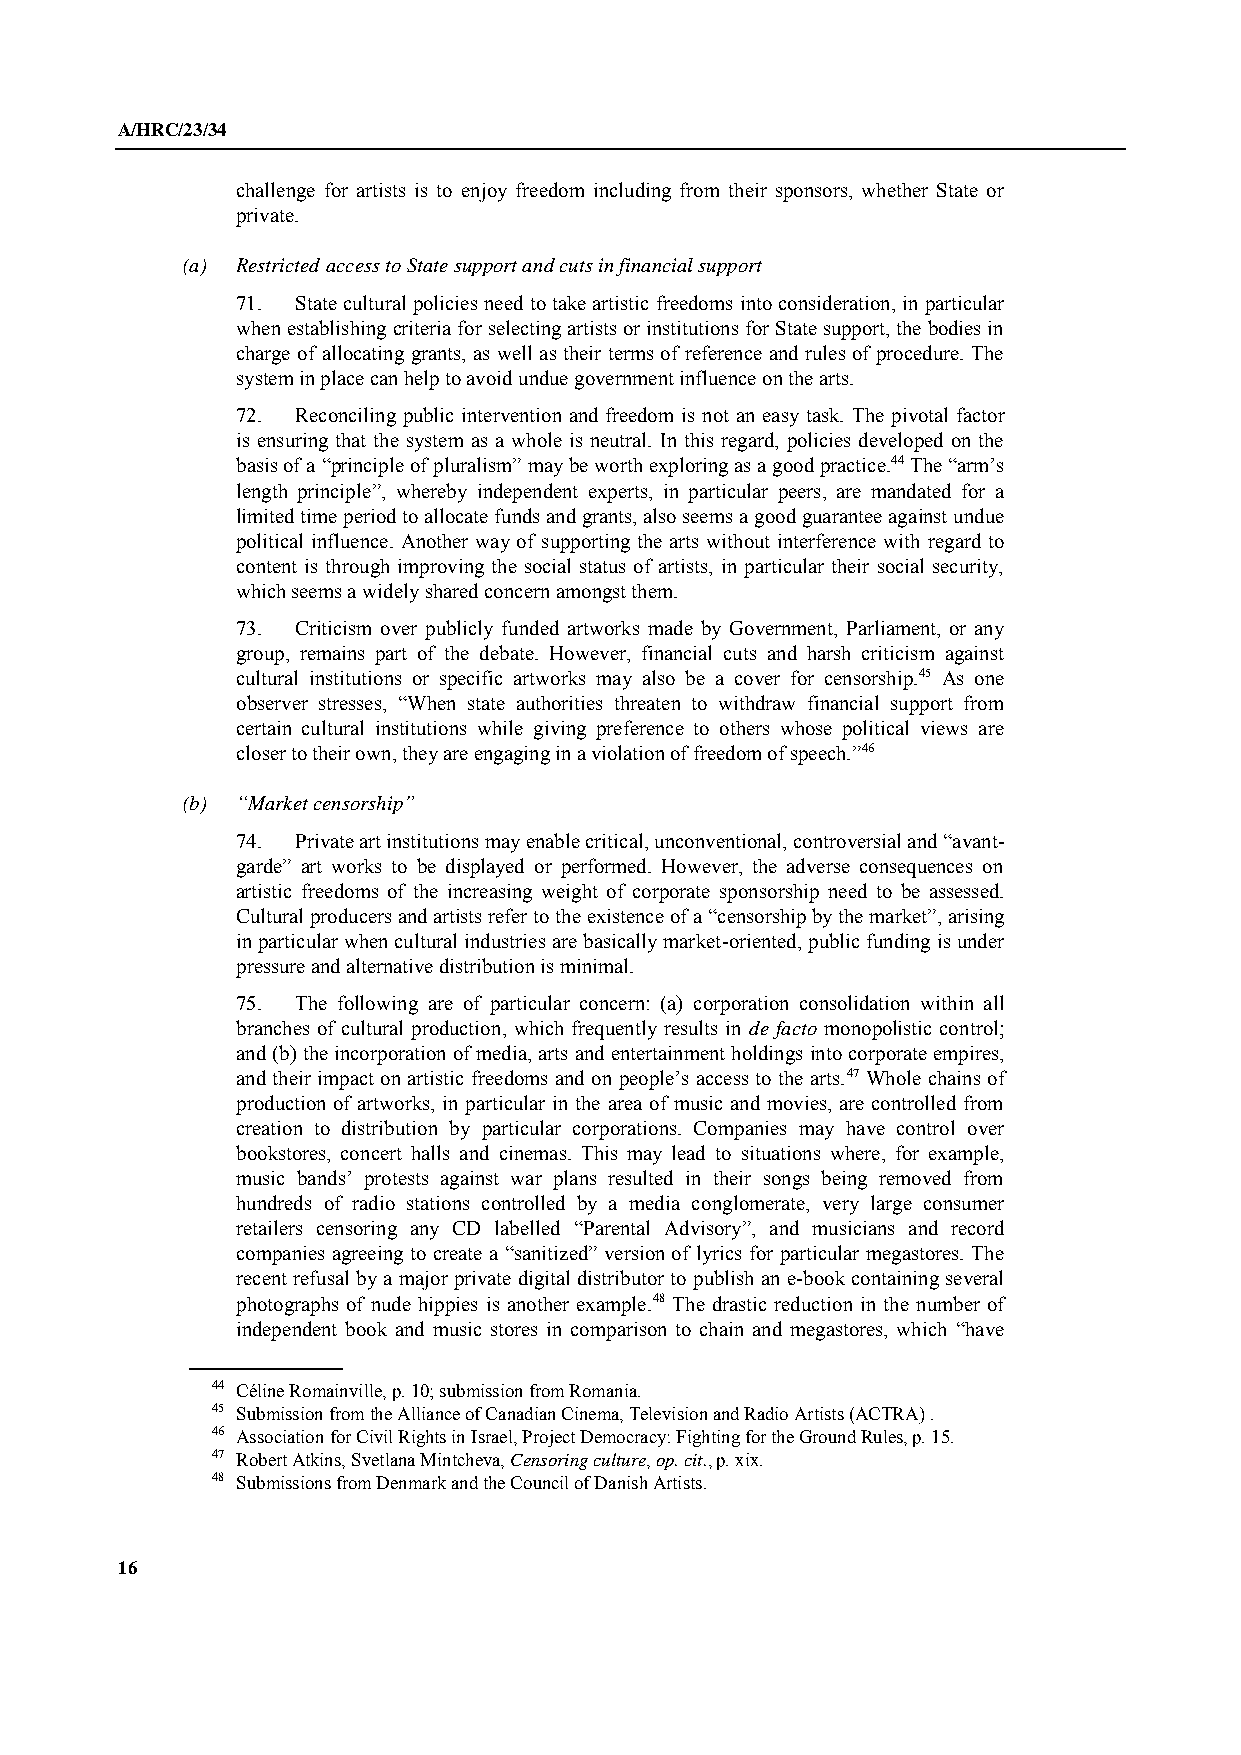
A/HRC/23/34
 challenge for artists is to enjoy freedom including from their sponsors, whether State or
 private.
 (a) Restricted access to State support and cuts in financial support
 71. State cultural policies need to take artistic freedoms into consideration, in particular
 when establishing criteria for selecting artists or institutions for State support, the bodies in
 charge of allocating grants, as well as their terms of reference and rules of procedure. The
 system in place can help to avoid undue government influence on the arts.
 72. Reconciling public intervention and freedom is not an easy task. The pivotal factor
 is ensuring that the system as a whole is neutral. In this regard, policies developed on the
 basis of a “principle of pluralism” may be worth exploring as a good practice.44 The “arm’s
 length principle”, whereby independent experts, in particular peers, are mandated for a
 limited time period to allocate funds and grants, also seems a good guarantee against undue
 political influence. Another way of supporting the arts without interference with regard to
 content is through improving the social status of artists, in particular their social security,
 which seems a widely shared concern amongst them.
 73. Criticism over publicly funded artworks made by Government, Parliament, or any
 group, remains part of the debate. However, financial cuts and harsh criticism against
 cultural institutions or specific artworks may also be a cover for censorship.45 As one
 observer stresses, “When state authorities threaten to withdraw financial support from
 certain cultural institutions while giving preference to others whose political views are
 closer to their own, they are engaging in a violation of freedom of speech.”46
 (b) “Market censorship”
 74. Private art institutions may enable critical, unconventional, controversial and “avant-
 garde” art works to be displayed or performed. However, the adverse consequences on
 artistic freedoms of the increasing weight of corporate sponsorship need to be assessed.
 Cultural producers and artists refer to the existence of a “censorship by the market”, arising
 in particular when cultural industries are basically market-oriented, public funding is under
 pressure and alternative distribution is minimal.
 75. The following are of particular concern: (a) corporation consolidation within all
 branches of cultural production, which frequently results in de facto monopolistic control;
 and (b) the incorporation of media, arts and entertainment holdings into corporate empires,
 and their impact on artistic freedoms and on people’s access to the arts.47 Whole chains of
 production of artworks, in particular in the area of music and movies, are controlled from
 creation to distribution by particular corporations. Companies may have control over
 bookstores, concert halls and cinemas. This may lead to situations where, for example,
 music bands’ protests against war plans resulted in their songs being removed from
 hundreds of radio stations controlled by a media conglomerate, very large consumer
 retailers censoring any CD labelled “Parental Advisory”, and musicians and record
 companies agreeing to create a “sanitized” version of lyrics for particular megastores. The
 recent refusal by a major private digital distributor to publish an e-book containing several
 photographs of nude hippies is another example.48 The drastic reduction in the number of
 independent book and music stores in comparison to chain and megastores, which “have
 44 Céline Romainville, p. 10; submission from Romania.
 45 Submission from the Alliance of Canadian Cinema, Television and Radio Artists (ACTRA) .
 46 Association for Civil Rights in Israel, Project Democracy: Fighting for the Ground Rules, p. 15.
 47 Robert Atkins, Svetlana Mintcheva, Censoring culture, op. cit., p. xix.
 48 Submissions from Denmark and the Council of Danish Artists.
 16